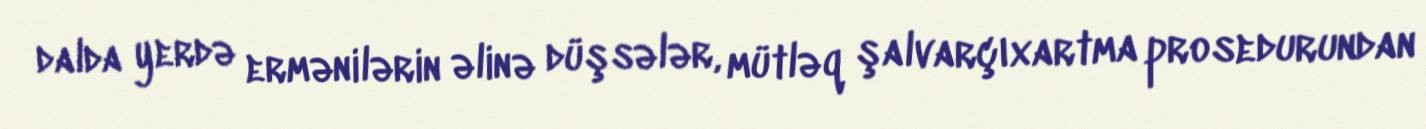
dalda yerdə ermənilərin əlinə düşsələr, mütləq şalvarçıxartma prosedurundan